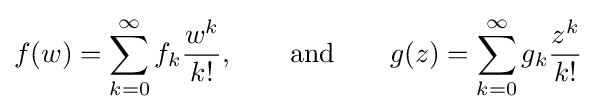
f(w)=\sum _{k=0}^{\infty }f_{k}{\frac {w^{k}}{k!}},\qquad {\text{and}}\qquad g(z)=\sum _{k=0}^{\infty }g_{k}{\frac {z^{k}}{k!}}